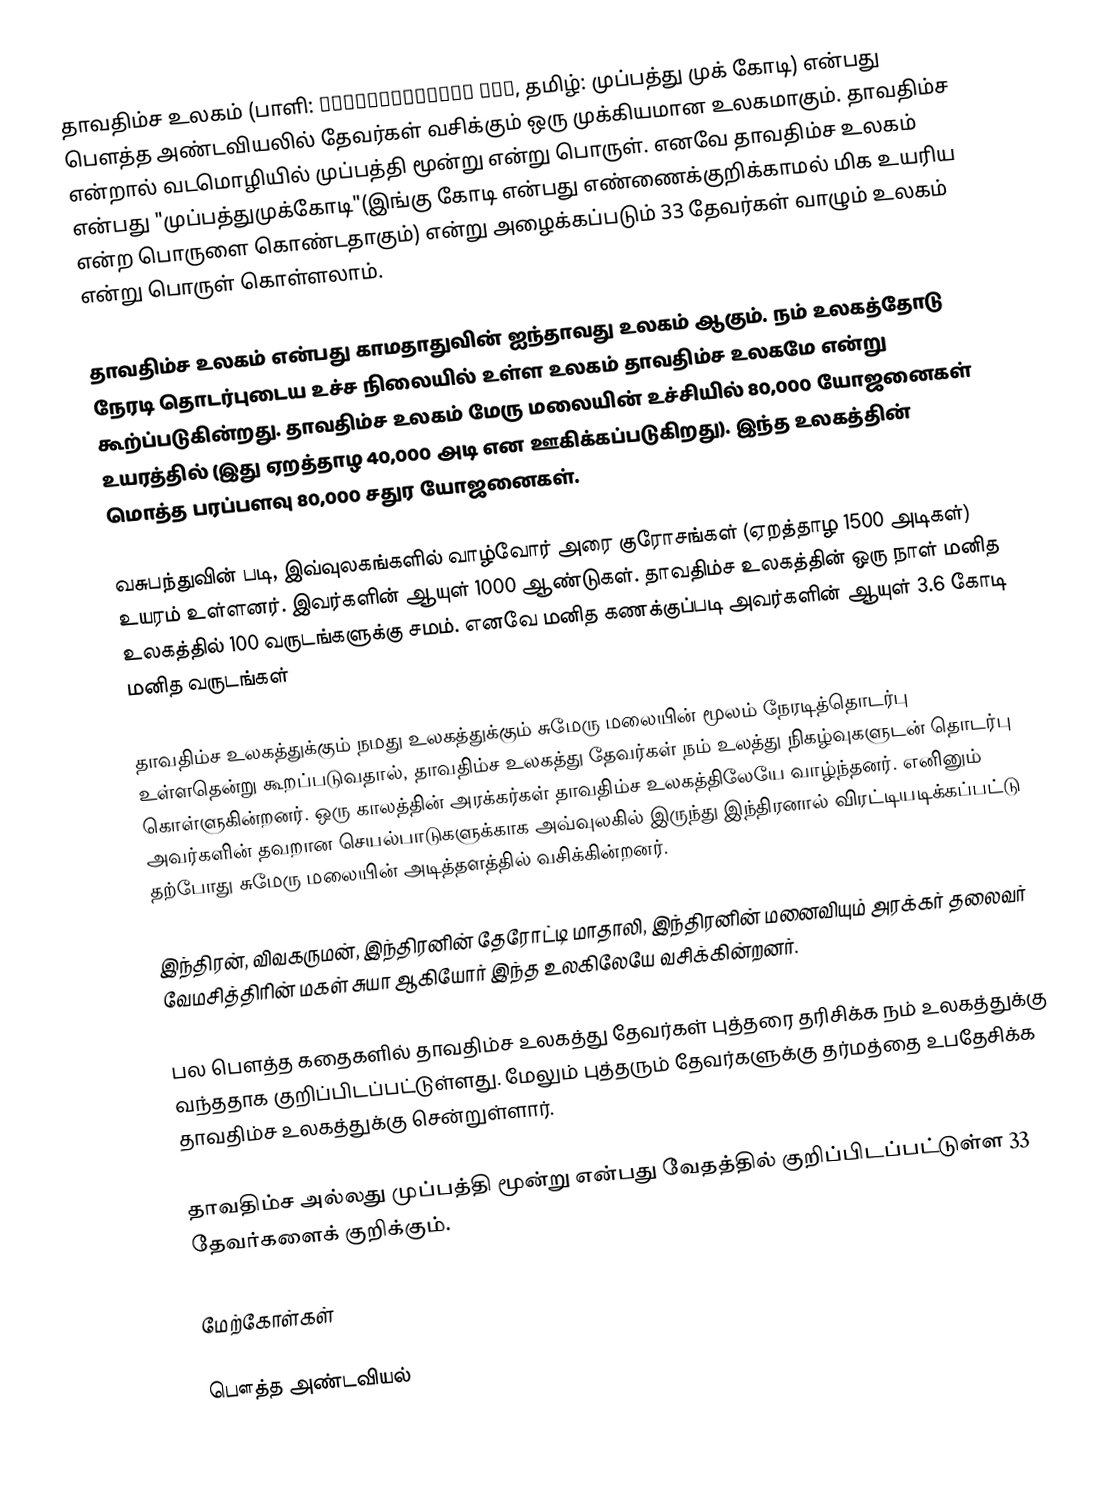
தாவதிம்ச உலகம் (பாளி: त्रायस्त्रिंश लोक, தமிழ்: முப்பத்து முக் கோடி) என்பது பௌத்த அண்டவியலில் தேவர்கள் வசிக்கும் ஒரு முக்கியமான உலகமாகும். தாவதிம்ச என்றால் வடமொழியில் முப்பத்தி மூன்று என்று பொருள். எனவே தாவதிம்ச உலகம் என்பது "முப்பத்துமுக்கோடி"(இங்கு கோடி என்பது எண்ணைக்குறிக்காமல் மிக உயரிய என்ற பொருளை கொண்டதாகும்) என்று அழைக்கப்படும் 33 தேவர்கள் வாழும் உலகம் என்று பொருள் கொள்ளலாம்.

தாவதிம்ச உலகம் என்பது காமதாதுவின் ஐந்தாவது உலகம் ஆகும். நம் உலகத்தோடு நேரடி தொடர்புடைய உச்ச நிலையில் உள்ள உலகம் தாவதிம்ச உலகமே என்று கூற்ப்படுகின்றது. தாவதிம்ச உலகம் மேரு மலையின் உச்சியில் 80,000 யோஜனைகள் உயரத்தில் (இது ஏறத்தாழ 40,000 அடி என ஊகிக்கப்படுகிறது). இந்த உலகத்தின் மொத்த பரப்பளவு 80,000 சதுர யோஜனைகள்.

வசுபந்துவின் படி, இவ்வுலகங்களில் வாழ்வோர் அரை குரோசங்கள் (ஏறத்தாழ 1500 அடிகள்) உயரம் உள்ளனர். இவர்களின் ஆயுள் 1000 ஆண்டுகள். தாவதிம்ச உலகத்தின் ஒரு நாள் மனித உலகத்தில் 100 வருடங்களுக்கு சமம். எனவே மனித கணக்குப்படி அவர்களின் ஆயுள் 3.6 கோடி மனித வருடங்கள்

தாவதிம்ச உலகத்துக்கும் நமது உலகத்துக்கும் சுமேரு மலையின் மூலம் நேரடித்தொடர்பு உள்ளதென்று கூறப்படுவதால், தாவதிம்ச உலகத்து தேவர்கள் நம் உலத்து நிகழ்வுகளுடன் தொடர்பு கொள்ளுகின்றனர். ஒரு காலத்தின் அரக்கர்கள் தாவதிம்ச உலகத்திலேயே வாழ்ந்தனர். எனினும் அவர்களின் தவறான செயல்பாடுகளுக்காக அவ்வுலகில் இருந்து இந்திரனால் விரட்டியடிக்கப்பட்டு தற்போது சுமேரு மலையின் அடித்தளத்தில் வசிக்கின்றனர்.

இந்திரன், விவகருமன், இந்திரனின் தேரோட்டி மாதாலி, இந்திரனின் மனைவியும் அரக்கர் தலைவர் வேமசித்திரின் மகள் சுயா ஆகியோர் இந்த உலகிலேயே வசிக்கின்றனர்.

பல பௌத்த கதைகளில் தாவதிம்ச உலகத்து தேவர்கள் புத்தரை தரிசிக்க நம் உலகத்துக்கு வந்ததாக குறிப்பிடப்பட்டுள்ளது. மேலும் புத்தரும் தேவர்களுக்கு தர்மத்தை உபதேசிக்க தாவதிம்ச உலகத்துக்கு சென்றுள்ளார்.

தாவதிம்ச அல்லது முப்பத்தி மூன்று என்பது வேதத்தில் குறிப்பிடப்பட்டுள்ள 33 தேவர்களைக் குறிக்கும்.

மேற்கோள்கள்

பௌத்த அண்டவியல்